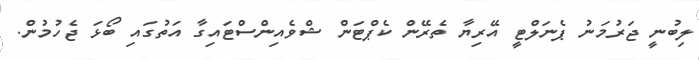
ލިބުނީ ޖަރުމަނު ޕެނަލްޓީ އޭރިޔާ ތެރޭން ކެޕްޓަން ޝްވެއިންސްޓައިގާ އަތުގައި ބޯޅަ ޖެހުމުން.